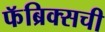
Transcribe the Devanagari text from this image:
फॅब्रिक्सची